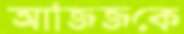
আজিজকে